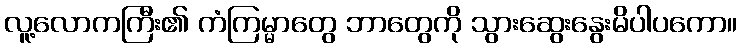
လူ့လောကကြီး၏ ကံကြမ္မာတွေ ဘာတွေကို သွားဆွေးနွေးမိပါပကော။